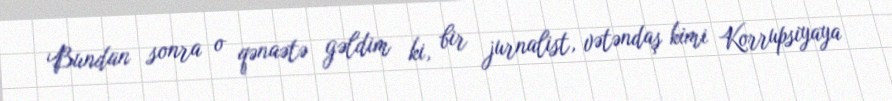
Bundan sonra o qənaətə gəldim ki, bir jurnalist, vətəndaş kimi Korrupsiyaya